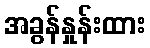
အခွန်နှုန်းထား